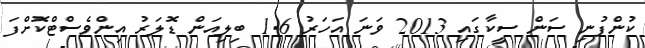
ކުންފުނި ސަން ސީކާގައި 2013 ވަނަ އަހަރު 1.6 ބިލިއަން ޑޮލަރު އިންވެސްޓްކޮށްފަ